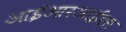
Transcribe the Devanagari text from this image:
आईआरआईएस